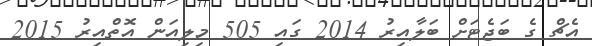
އެޗް ގެ ބަޖެޓަށް ބަލާއިރު 2014 ގައި 505 މިލިއަން އޮތްއިރު 2015